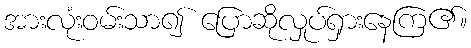
အားလုံးဝမ်းသာ၍ ပြောဆိုလှုပ်ရှားနေကြ၏။